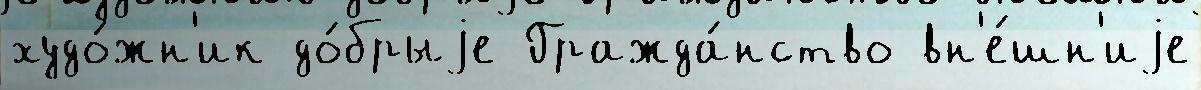
худо́жн'ик до́брыjе Гражда́нство вн'е́шн'иjе